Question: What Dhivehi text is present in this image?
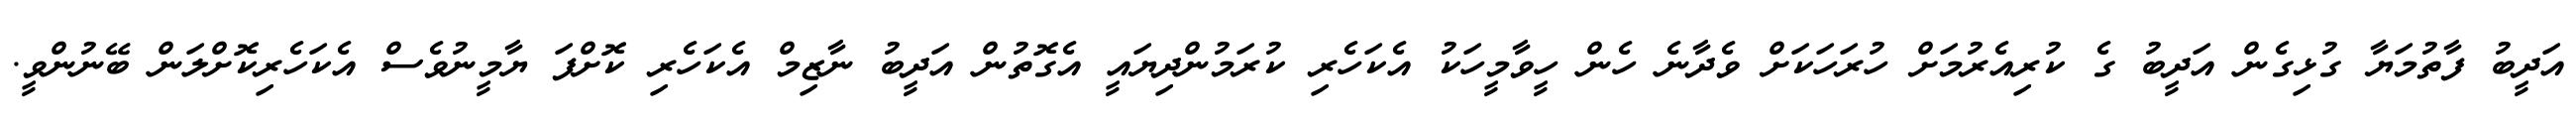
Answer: އަދީބު ފާތުމަޔާ ގުޅިގެން އަދީބު ގެ ކުރިއެރުމަށް ހުރަހަކަށް ވެދާނެ ހެން ހީވާމީހަކު އެކަހެރި ކުރަމުންދިޔައީ އެގޮތުން އަދީބު ނާޒިމް އެކަހެރި ކޮށްފަ ޔާމީނުވެސް އެކަހެރިކޮށްލަން ބޭނުންވީ.